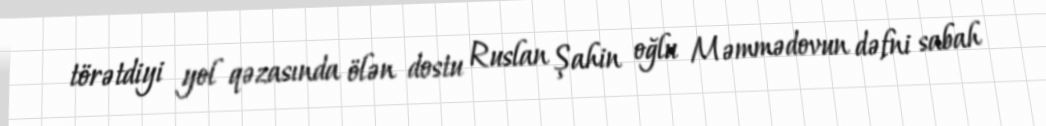
törətdiyi yol qəzasında ölən dostu Ruslan Şahin oğlu Məmmədovun dəfni sabah